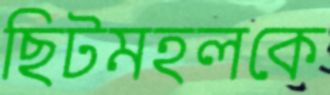
ছিটমহলকে